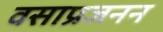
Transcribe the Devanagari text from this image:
वसाप्रजनन